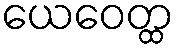
ယေဝေတ္ထ